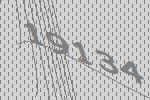
19134